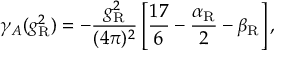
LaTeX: \gamma _ { A } ( g _ { \mathrm { R } } ^ { 2 } ) = - \frac { g _ { \mathrm { R } } ^ { 2 } } { ( 4 \pi ) ^ { 2 } } \left[ \frac { 1 7 } 6 - \frac { \alpha _ { \mathrm { R } } } 2 - \beta _ { \mathrm { R } } \right] ,